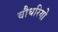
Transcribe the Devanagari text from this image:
चौधरियो